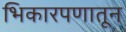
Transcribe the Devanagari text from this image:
भिकारपणातून